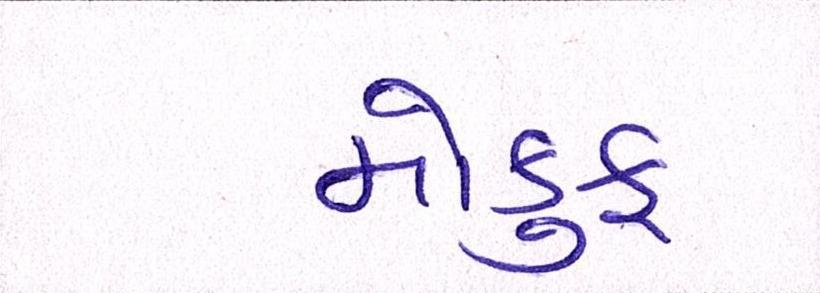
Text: મોકુફ